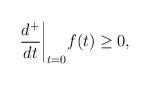
LaTeX: \begin{align*} \frac{d^+}{dt}\biggr\rvert_{t=0}f(t) \geq 0, \end{align*}